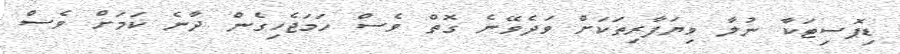
ޑިޕޮސިޓަކާ ނުލާ ވިޔަފާރިތަކަށް ވަދެވޭނެ ގޮތް ވެސް ހަމަޖެހިގެން ދާނެ ކަމަށް ވެސް